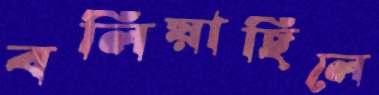
বলিয়াছিলে